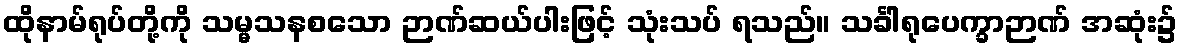
ထိုနာမ်ရုပ်တို့ကို သမ္မသနစသော ဉာဏ်ဆယ်ပါးဖြင့် သုံးသပ် ရသည်။ သင်္ခါရုပေက္ခာဉာဏ် အဆုံး၌